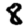
Digit: 8